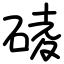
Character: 碐